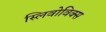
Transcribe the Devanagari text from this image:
स्लिवोविक्स